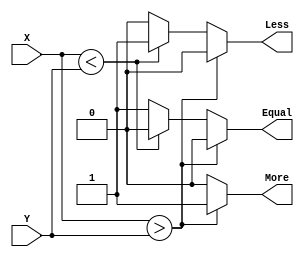
module N_Bit_Comparator(X,Y,Less,More,Equal);
parameter n = 16 ;
input[n-1:0] X , Y;
output Less ,More ,Equal;
reg Less=0, More=0, Equal=0;
always @ (X,Y)
begin
if(X>Y)
begin
Less=0;Equal=0;More=1;
end
else if (X<Y)
begin
Less=1;Equal=0;More=0;
end
else
begin
Less=0;Equal=1;More=0;
end
end
endmodule